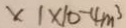
x 1 \times 1 0 - 4 m ^ { 3 }